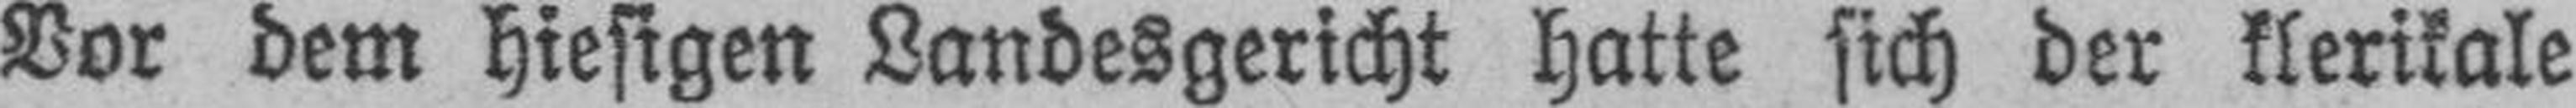
Vor dem hiesigen Landesgericht hatte sich der klerikale